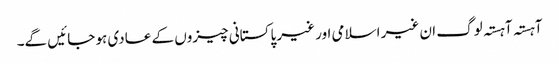
آہستہ آہستہ لوگ ان غیر اسلامی اور غیر پاکستانی چیزوں کے عادی ہو جائیں گے۔